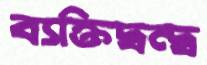
ব্যক্তিদ্বন্দ্ব